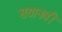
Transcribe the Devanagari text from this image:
सयानवी